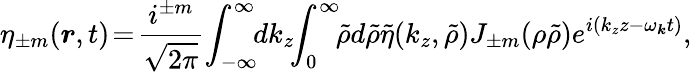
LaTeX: \eta_{\pm m}(\boldsymbol{r},t)\! =\! \frac{i^{\pm m}}{\sqrt{2\pi}}\! \int_{-\infty}^{\infty}\! \! dk_{z}\! \! \int_{0}^{\infty}\! \! \tilde{\rho}d\tilde{\rho}\tilde{\eta}(k_{z},\tilde{\rho})J_{\pm m}(\rho\tilde{\rho})e^{i(k_{z}z-\omega_{\boldsymbol{k}}t)},